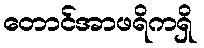
တောင်အာဖရိကရှိ